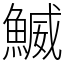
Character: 鰄